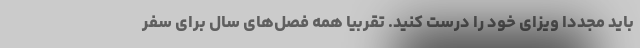
باید مجددا ویزای خود را درست کنید. تقربیا همه فصل‌های سال برای سفر